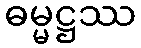
ဓမ္မဋ္ဌဿ